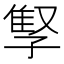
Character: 𫲫